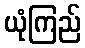
ယုံကြည်